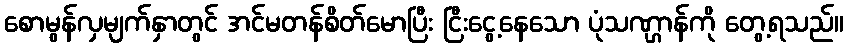
စောမွန်လှမျက်နှာတွင် အင်မတန်စိတ်မောပြီး ငြီးငွေ့နေသော ပုံသဏ္ဌာန်ကို တွေ့ရသည်။